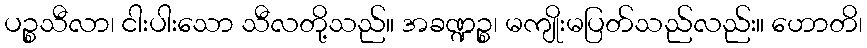
ပဉ္စသီလာ၊ ငါးပါးသော သီလတို့သည်။ အခဏ္ဍဉ္စ၊ မကျိုးမပြတ်သည်လည်း။ ဟောတိ၊